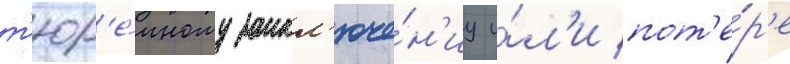
т'юр'е́мному закл'юче́н'иу и́л'и пот'е́р'е